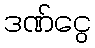
ဒဏ်ငွေ